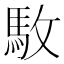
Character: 駇